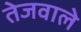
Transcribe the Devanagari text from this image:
तेजवाले